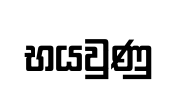
භයවුණු